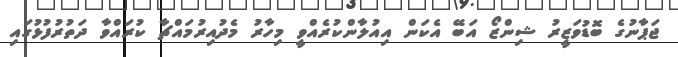
ޖަޕާނުގެ ބޮޑުވަޒީރު ޝިންޒޯ އަބޭ އެކަން އިއުލާންކުރެއްވީ މިހާރު މެދުއިރުމައްޗާ ކުރައްވާ ދަތުރުފުޅުގައި